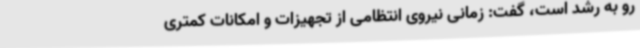
رو به رشد است، گفت: زمانی نیروی انتظامی از تجهیزات و امکانات کمتری